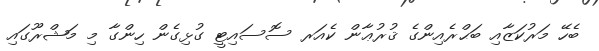
ބެހޭ މަރުކަޒާއި ބަޙްރެއިންގެ ޤުރުޢާން ކެއަރ ސޮސައިޓީ ގުޅިގެން ހިންގާ މި މަޝްރޫގައި